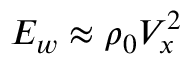
E _ { w } \approx \rho _ { 0 } V _ { x } ^ { 2 }